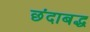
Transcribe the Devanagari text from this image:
छंदाबद्ध